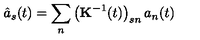
\hat { a } _ { s } ( t ) = \sum _ { n } \left( { \bf K } ^ { - 1 } ( t ) \right) _ { s n } a _ { n } ( t )